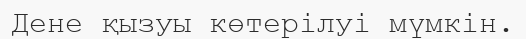
Дене қызуы көтерілуі мүмкін.